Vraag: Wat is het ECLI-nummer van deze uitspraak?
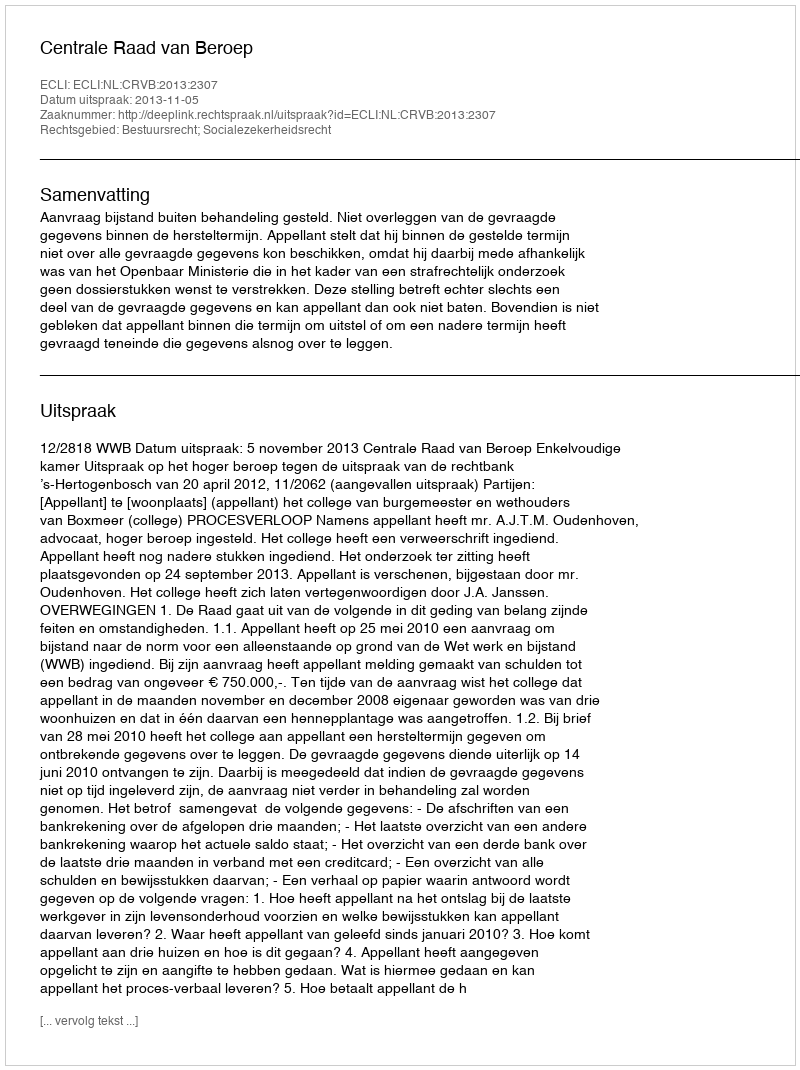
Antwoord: ECLI:NL:CRVB:2013:2307